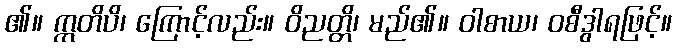
၏။ ဣတိပိ၊ ကြောင့်လည်း။ ဝိညတ္တိ၊ မည်၏။ ဝါစာယ၊ ဝစီဒွါရဖြင့်။